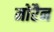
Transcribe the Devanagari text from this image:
मोरैन